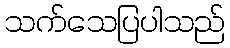
သက်သေပြပါသည်